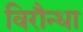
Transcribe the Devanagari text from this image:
विरौन्धा